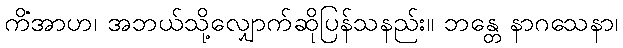
ကိံအာဟ၊ အဘယ်သို့လျှောက်ဆိုပြန်သနည်း။ ဘန္တေ နာဂသေနာ၊